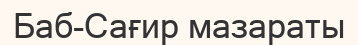
Баб-Сағир мазараты